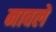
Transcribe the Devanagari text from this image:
नावले